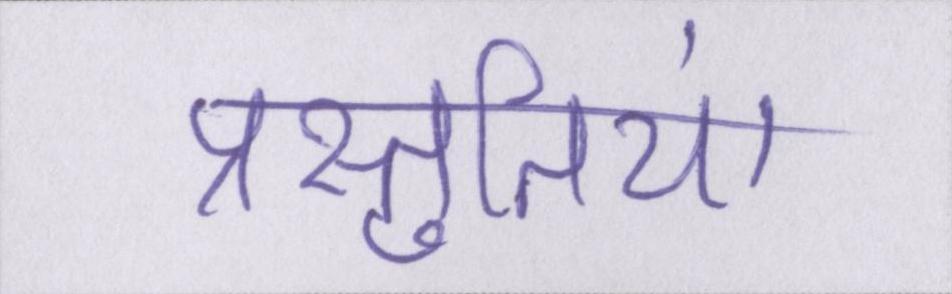
प्रस्तुतियां